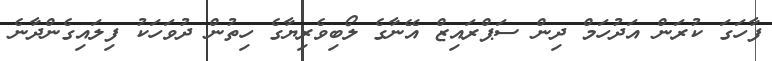
ފާހަގަ ކުރަން އަދުހަމް ދިން ސަޕްރައިޒް އޭނާގެ ލޯބިވެރިޔާގެ ހިތުން ދުވަހަކު ފިލައިގެންދާނެ